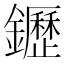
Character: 䥶